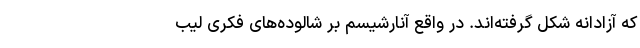
که آزادانه شکل گرفته‌اند. در واقع آنارشیسم بر شالوده‌های فکری لیب